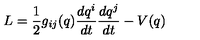
L = \frac { 1 } { 2 } g _ { i j } ( q ) \frac { d q ^ { i } } { d t } \frac { d q ^ { j } } { d t } - V ( q )